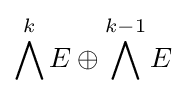
\bigwedge ^{k}E\oplus \bigwedge ^{k-1}E